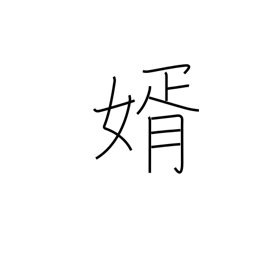
Meaning: bridegroom